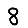
Digit: 8